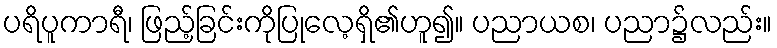
ပရိပူကာရီ၊ ဖြည့်ခြင်းကိုပြုလေ့ရှိ၏ဟူ၍။ ပညာယစ၊ ပညာ၌လည်း။